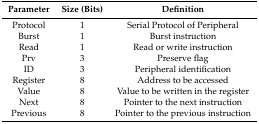
<table><thead><tr><td><b>Parameter</b></td><td><b>Size (Bits)</b></td><td><b>Definition</b></td></tr></thead><tbody><tr><td>Protocol</td><td>1</td><td>Serial Protocol of Peripheral</td></tr><tr><td>Burst</td><td>1</td><td>Burst instruction</td></tr><tr><td>Read</td><td>1</td><td>Read or write instruction</td></tr><tr><td>Prv</td><td>3</td><td>Preserve flag</td></tr><tr><td>ID</td><td>3</td><td>Peripheral identification</td></tr><tr><td>Register</td><td>8</td><td>Address to be accessed</td></tr><tr><td>Value</td><td>8</td><td>Value to be written in the register</td></tr><tr><td>Next</td><td>8</td><td>Pointer to the next instruction</td></tr><tr><td>Previous</td><td>8</td><td>Pointer to the previous instruction</td></tr></tbody></table>